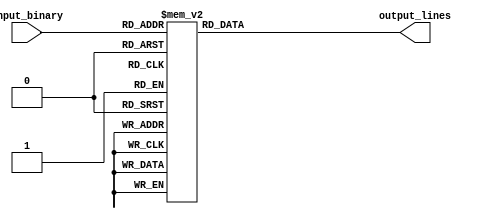
module decoder_3to8(
    input [2:0] input_binary,
    output reg [7:0] output_lines
);

always @(*) begin
    case(input_binary)
        3'b000: output_lines = 8'b10000000;
        3'b001: output_lines = 8'b01000000;
        3'b010: output_lines = 8'b00100000;
        3'b011: output_lines = 8'b00010000;
        3'b100: output_lines = 8'b00001000;
        3'b101: output_lines = 8'b00000100;
        3'b110: output_lines = 8'b00000010;
        3'b111: output_lines = 8'b00000001;
    endcase
end

endmodule